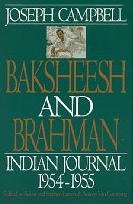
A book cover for Baksheesh and Brahman: Indian Journal 1954-1955 (Joseph Campbell Works); Joseph Campbell; Travel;